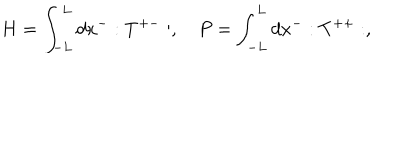
LaTeX: H = \int _ { - L } ^ { L } d x ^ { - } : T ^ { + - } : , \quad P = \int _ { - L } ^ { L } d x ^ { - } : T ^ { + + } : ,